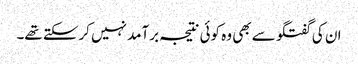
ان کی گفتگو سے بھی وہ کوئی نتیجہ برآمد نہیں کرسکتے تھے۔